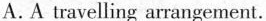
A. A travelling arrangement.